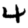
Digit: 4